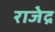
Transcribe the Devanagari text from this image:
राजे॑द्र